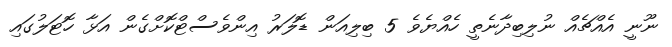
ނޫނީ އެއްޗެއް ނުލިބިދާނެތީ ހެއްޔެވެ 5 ބިލިއަން ޑޮލަރު އިންވެސްޓްކޮށްގެން އަޅާ ހޮޓަލުގައި